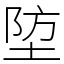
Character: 埅